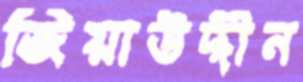
জিয়াউদ্দীন